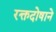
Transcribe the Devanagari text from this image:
रक्तदोषाने